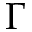
\Gamma